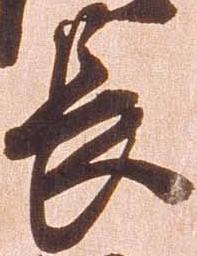
長